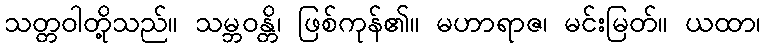
သတ္တဝါတို့သည်။ သမ္ဘဝန္တိ၊ ဖြစ်ကုန်၏။ မဟာရာဇ၊ မင်းမြတ်။ ယထာ၊